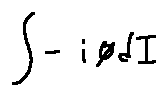
\int - i \phi d I